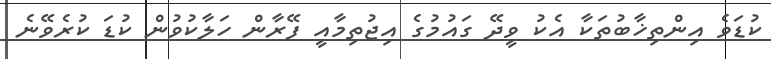
ކުޑަވެ އިންތިޚާބުތަކާ އެކު ވީދޭ ގައުމުގެ އިޖުތިމާއީ ފޭރާން ހަލާކުވުން ކުޑަ ކުރެވޭނެ